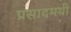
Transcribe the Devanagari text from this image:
प्रसादमयी